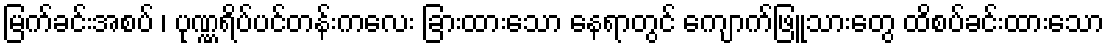
မြက်ခင်းအစပ် ၊ ပုဏ္ဏရ်ိပ်ပင်တန်းကလေး ခြားထားသော နေရာတွင် ကျောက်ဖြူသားတွေ ထိစပ်ခင်းထားသော